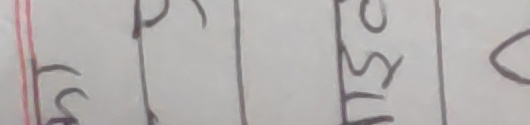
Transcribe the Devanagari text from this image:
फु प्र ढि सो ०